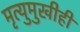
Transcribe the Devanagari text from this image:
मृत्युमुखीही